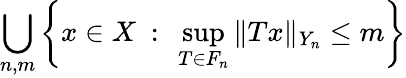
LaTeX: \bigcup_{n,m}\left\{ x\in X\ :\ \sup_{T\in F_{n}}\| Tx\| _{Y_{n}}\leq m\right\}